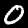
Digit: 0